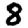
Digit: 8